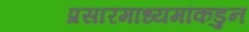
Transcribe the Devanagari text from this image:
प्रसारमाध्यमांकडुन